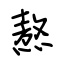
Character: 熬